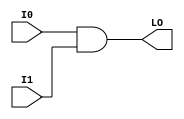
module MULT_AND (LO, I0, I1);

    output LO;

    input  I0, I1;

    and A1 (LO, I0, I1);

    specify
	(I0 *> LO) = (0, 0);
	(I1 *> LO) = (0, 0);
    endspecify

endmodule